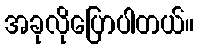
အခုလိုပြောပါတယ်။